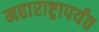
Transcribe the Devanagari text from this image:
महाराष्ट्रापर्यंत